Memorandum on the prevention of leprosy by segregation of the affected
Disease focus: Leprosy
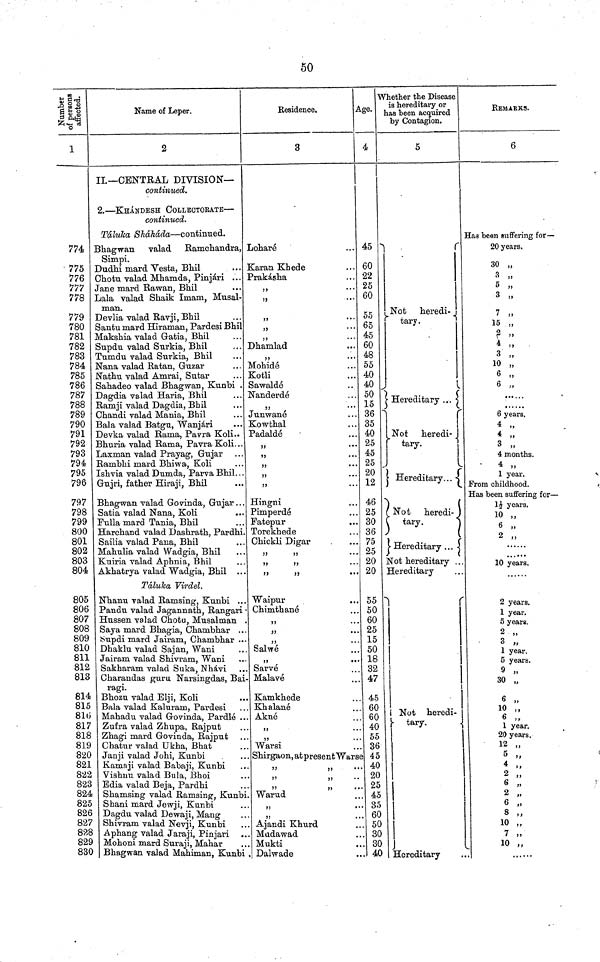
50
Number of
persons affected.
1
774
775
776
777
778
779
780
781
782
783
784
785
786
787
788
789
790
791
792
793
794
795
796
797
798
799
800
801
802
803
804
805
806
807
808
809
810
811
812
813
814
815
816
817
818
819
820
821
822
823
824
825
826
827
828
829
830
Name of Leper.
2
1
II.— CENTRAL DIVISION—
continued.
2. — KHÁNDESH COLLECTORATE —
continued.
Táluka Sháháda — continued.
Bhagwan valad Ramchandra,
Simpi.
Dudhi mard Vesta, Bhil
Chotu valad Mhamda, Pinjári ...
Jane mard Rawan, Bhil
Lala valad Shaik Imam, Musal-
man.
Devlia valad Ravji, Bhil
Santu mard Hiraman, Pardesi Bhil
Makshia valad Gratia, Bhil
Supdu valad Surkia, Bhil
Tumdu valad Surkia, Bhil
Nana valad Ratan, Guzar
Nathu valad Amrai, Sutar
Sahadeo valad Bhagwan, Kunbi .
Dagdia valad Haria, Bhil
Ramji valad Dagdia, Bhil
Chandi valad Mania, Bhil
Bala valad Batgu, Wanjári
Devka valad Rama, Pavra Koli..
Bhuria valad Rama, Pavra Koli...
Laxman valad Prayag, Gujar
Rambhi mard Bhiwa, Koli
Ishvia valad Dumda, Parva Bhil. . .
Gujri, father Hiraji, Bhil
Bhagwan valad Govinda, Gujar...
Satia valad Nana, Koli
Fulla mard Tania, Bhil
Harchand valad Dashrath, Pardhi.
Sailia valad Paua, Bhil
Mahulia valad Wadgia, Bhil
Kuiria valad Aphnia, Bhil
Akhatrya valad Wadgia, Bhil ...
Táluka Virdel.
Nhanu valad Ramsing, Kunbi ...
Pandu valad Jagannath, Rangari •
Hussen valad Chotu, Musalman .
Saya mard Bhagia, Chambhar ...
Supdi mard Jairam, Chambhar ...
Dhaklu valad Sajan, Wani
Jairam valad Shivram, Wani
Sakharam valad Suka, Nhávi
Charandas guru Narsingdas, Bai-
ragi.
Bhozu valad Elji, Koli
Bala valad Kaluram, Pardesi
Mahadu valad Govinda, Pardlé ...
Zufra valad Zhupa, Rajput
Zhagi mard Govinda, Rajput
Chatur valad Ukha, Bhat
Janji valad Johi, Kunbi
Kamaji valad Babaji, Kunbi
Vishnu valad Bula, Bhoi
Edia valad Beja, Pardhi
Shamsing valad Ramsing, Kunbi.
Shani mard Jewji, Kunbi
Dagdu valad Dewaji, Mang
Shivram valad Nevji, Kunbi
Aphang valad Jaraji, Pinjari
Mohoni mard Suraji, Mahar
Bhagwan valad Mahiman, Kunbi
Residence,
3
Loharé
Karan Khede
Prakashá
,,
,,
,,
j?
? j
Dhamlad
,
Mohidé
Kotli
Sawaldé
Nanderdé
,,
...
Junwané
Kowthal
Padaldé
...
...
Hingni
Pimperdé
Fatepur
Torekhede
Chickli Digar
,,
,,
,,
,,
,,
,,
Waipur
Chimthané
,,
,,
Salwé
„
Sarvé
Malavé
Kamkhede
Khalané
Akné
,,
,,
Warsi
Shirgaon, at present Warse
,,
Warud
,,
,,
Ajandi Khurd
Madawad
Mukti
Dalwade
Age.
4
45
60
22
25
60
55
65
45
60
48
55
40
40
50
15
36
35
40
25
45
25
20
12
46
25
30
36
75
25
20
20
55
50
60
25
15
50
18
32
47
45
60
60
40
55
36
45
40
20
25
45
35
60
50
30
30
40
Whether the Disease
is hereditary or
has been acquired
by Contagion.
5
_Not heredi-
tary .
Hereditary ...
Not
heredi- .
tary.
1
Hereditary...
Not
heredi-
tary.
Hereditary ...
Not hereditary ..
Hereditary
Not heredi- |
tary.
Hereditary
RKEMARKS.
6
Has been suffering for—
20 years.
30 „
3 „
5 „
3 „
7 ,
15 ,
2 .
4 ,
3 ,
10 ,
6 ,
6 ,
6 years.
4 „
4 „
3 „
,,
4
months.
4 4 ,,
1 year.
From childhood.
Has been suffering for —
1½ years.
10 ,,
,,
.
10 years.
2 years.
1 year.
5 years.
,,
1 year.
5 years.
,,
30 , 3,
,,
1 10 ,,
6 6
1 year.
20 years.
12 „
5 ,,
4 ,,
2 „
6 „
2 „
6 ,
8 ,
10 ,
7 ,
10 ,